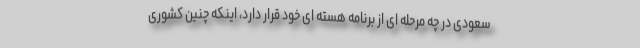
سعودی در چه مرحله ای از برنامه هسته ای خود قرار دارد، اینکه چنین کشوری